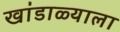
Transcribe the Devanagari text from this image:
खांडाळ्याला